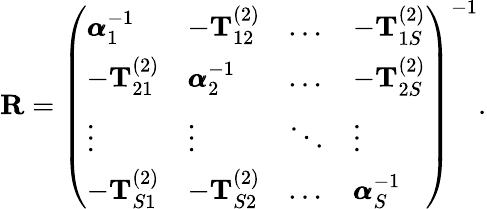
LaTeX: \begin{array}{r}{\mathbf{R}=\left(\begin{array}{llll}{\pmb{\alpha}_{1}^{-1}}&{-\mathbf{T}_{12}^{(2)}}&{\dots}&{-\mathbf{T}_{1S}^{(2)}}\\ {-\mathbf{T}_{21}^{(2)}}&{\pmb{\alpha}_{2}^{-1}}&{\dots}&{-\mathbf{T}_{2S}^{(2)}}\\ {\vdots}&{\vdots}&{\ddots}&{\vdots}\\ {-\mathbf{T}_{S1}^{(2)}}&{-\mathbf{T}_{S2}^{(2)}}&{\dots}&{\pmb{\alpha}_{S}^{-1}}\end{array}\right)^{-1}.}\end{array}